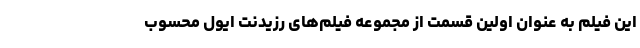
این فیلم به عنوان اولین قسمت از مجموعه فیلم‌های رزیدنت ایول محسوب